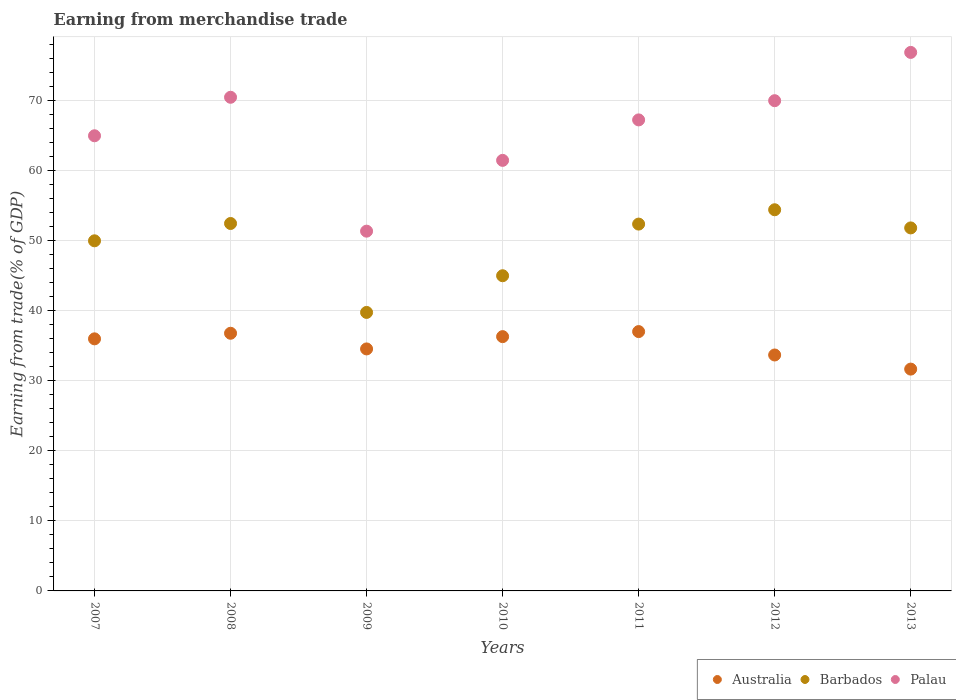
| Years | Australia | Barbados | Palau |
 | --- | --- | --- | --- |
 | 2007 | 36 | 49.9 | 64.9 |
 | 2008 | 36.7 | 52.4 | 70.4 |
 | 2009 | 34.5 | 39.7 | 51.3 |
 | 2010 | 36.3 | 45 | 61.4 |
 | 2011 | 37 | 52.3 | 67.2 |
 | 2012 | 33.7 | 54.4 | 69.9 |
 | 2013 | 31.6 | 51.8 | 76.8 |